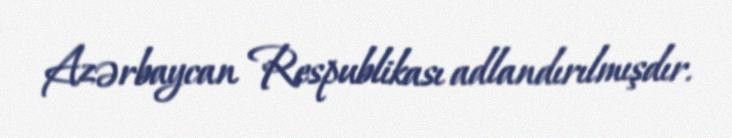
Azərbaycan Respublikası adlandırılmışdır.